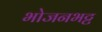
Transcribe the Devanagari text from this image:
भोजनभट्ट